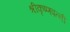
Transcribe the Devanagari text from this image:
श्रीकृष्णपत्नी